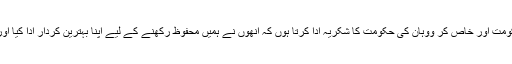
اْن کا کہنا تھا کہ میں اپنے دل کی گہرائیوں سے چین کی حکومت اور خاص کر ووہان کی حکومت کا شکریہ ادا کرتا ہوں کہ انھوں نے ہمیں محفوظ رکھنے کے لیے اپنا بہترین کردار ادا کیا اور اتنے مشکل وقت میں ہمیں ہر طرح کی سہولیات فراہم کیں۔